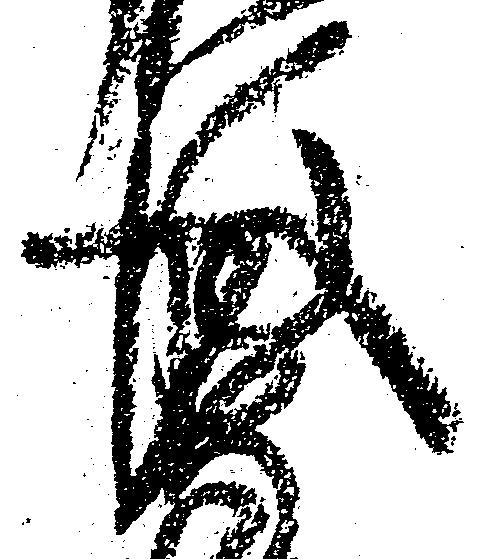
後